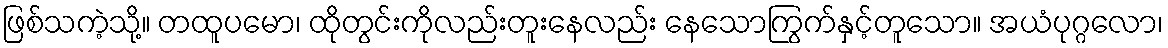
ဖြစ်သကဲ့သို့။ တထူပမော၊ ထိုတွင်းကိုလည်းတူးနေလည်း နေသောကြွက်နှင့်တူသော။ အယံပုဂ္ဂလော၊